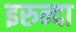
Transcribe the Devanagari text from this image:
इरुन्दा